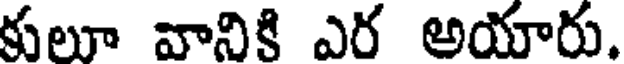
కులూ వానికి ఎర అయారు.